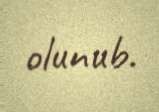
olunub.